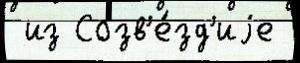
 из Созв'е́зд'иjе